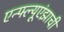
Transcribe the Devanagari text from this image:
एन्फ्ल्यूएंझाची